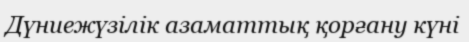
Дүниежүзілік азаматтық қорғану күні